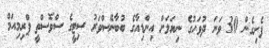
ފެށިގެން 30 ވަނަ ދުވަހުގެ ނިޔަލަށް އިންޑިއާގެ ބުބާނޭސްވަރު ސިޓީގެ ސްވޮސްތީ ޕްރިމިއަމް